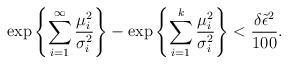
LaTeX: \begin{align*}\exp\left\{ \sum_{i=1}^{\infty} \frac{\mu_{i}^2}{\sigma_{i}^2} \right\} - \exp\left\{ \sum_{i=1}^{k}\frac{\mu_{i}^2}{\sigma_{i}^2}\right\} < \frac{\delta \tilde{\epsilon}^2}{100}.\end{align*}